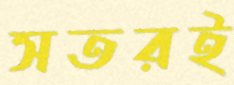
সতরই